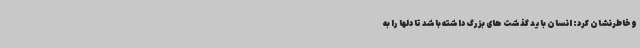
و خاطرنشان کرد: انسان باید گذشت های بزرگ داشته باشد تا دلها را به